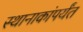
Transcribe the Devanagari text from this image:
स्थानाकांपर्यंत